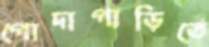
গোদাগাড়িতে